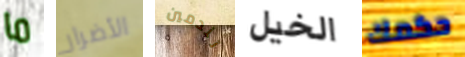
ما الأضرار تندمين الخيل حكمك